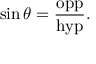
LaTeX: \sin \theta = { \frac { \mathrm { o p p } } { \mathrm { h y p } } } .